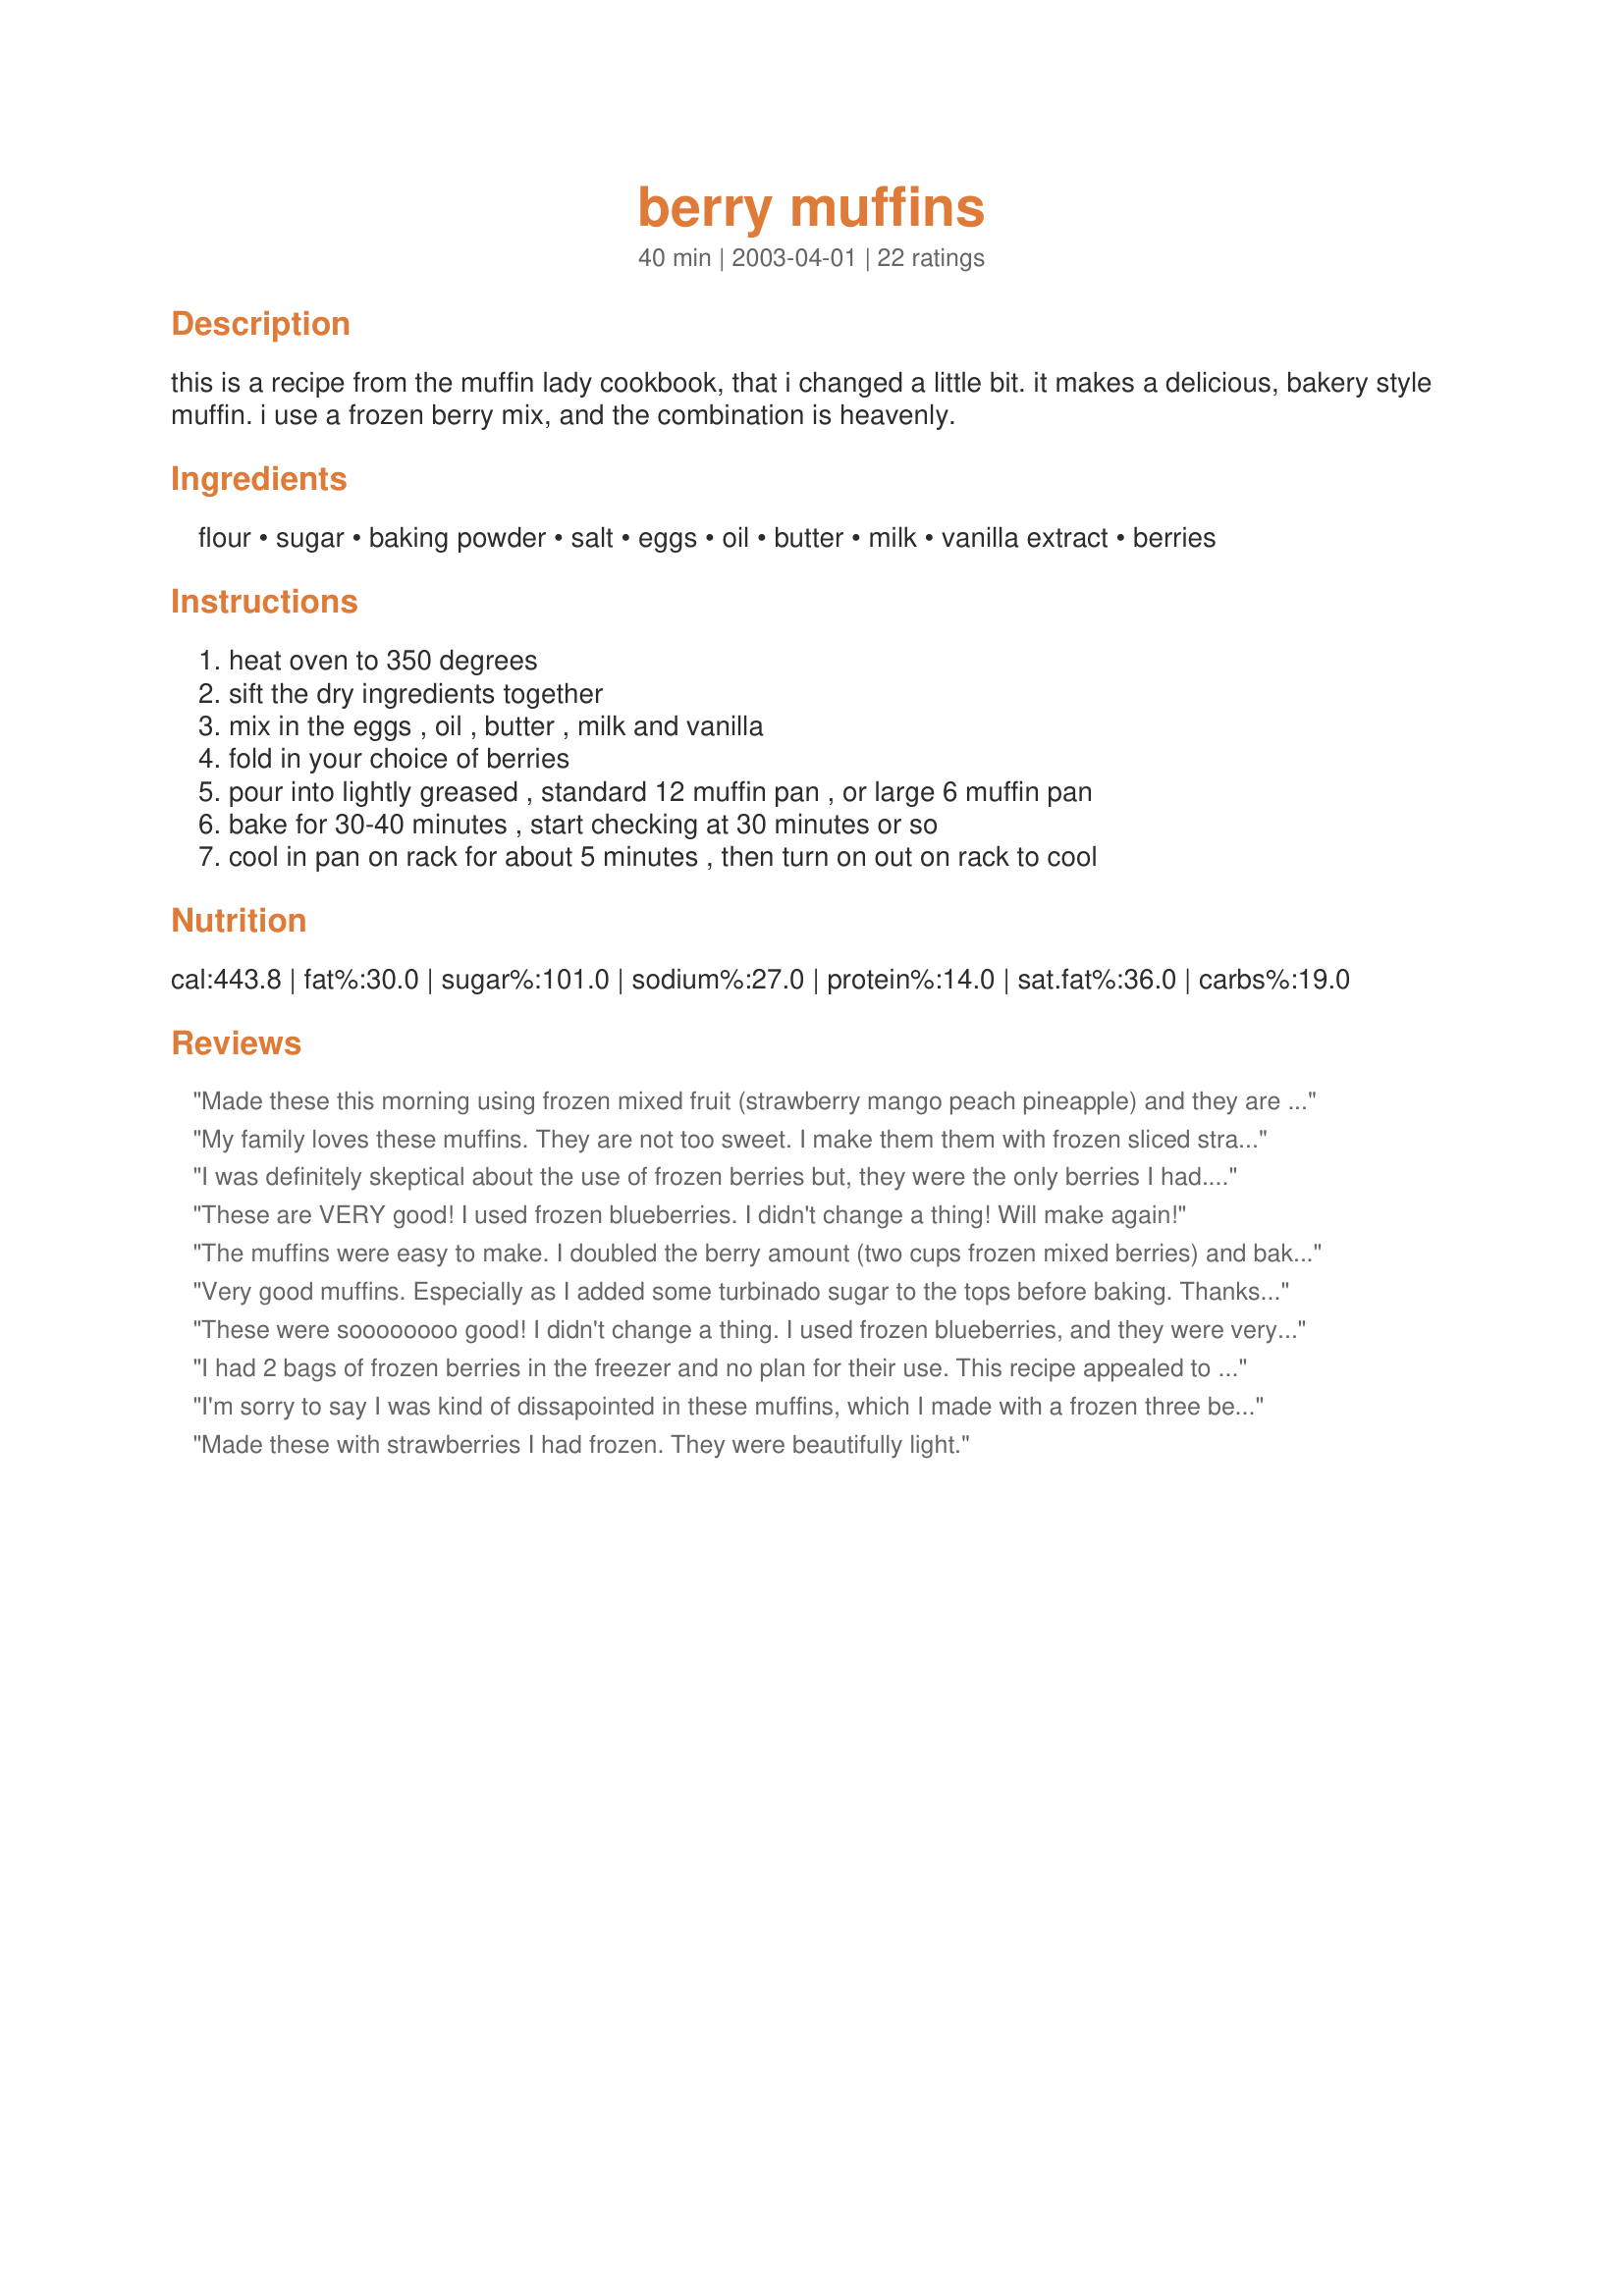
berry muffins
Preparation time: 40 minutes

this is a recipe from the muffin lady cookbook, that i changed a little bit. it makes a delicious, bakery style muffin. i use a frozen berry mix, and the combination is heavenly.

Ingredients:
flour, sugar, baking powder, salt, eggs, oil, butter, milk, vanilla extract, berries

Steps:
heat oven to 350 degrees, sift the dry ingredients together, mix in the eggs , oil , butter , milk and vanilla, fold in your choice of berries, pour into lightly greased , standard 12 muffin pan , or large 6 muffin pan, bake for 30-40 minutes , start checking at 30 minutes or so, cool in pan on rack for about 5 minutes , then turn on out on rack to cool

Reviews:
Made these this morning using frozen mixed fruit (strawberry mango peach pineapple) and they are delicious. I added an extra 1/4 cup sugar (splenda) and they turned out great. My boyfriend was Guinea pig and liked them as well.
My family loves these muffins. They are not too sweet. I make them them with frozen sliced strawberries or frozen blueberries.
I was definitely skeptical about the use of frozen berries but, they were the only berries I had. I thought these muffins were going to be a gross consistency because of it but, they were some of the best muffins I have EVER made. Just enough sweetness, the berries tasted super fresh and light, and the consistency of the muffin itself was spot on. I used a frozen mixed berry assortment and chopped the giant chunks of strawberries before adding to the batter.
These are VERY good! I used frozen blueberries. I didn't change a thing! Will make again!
The muffins were easy to make. I doubled the berry amount (two cups frozen mixed berries) and baked them a little longer. They turned out great and my kids liked them. I liked them because they are not too sweet.
Very good muffins. Especially as I added some turbinado sugar to the tops before baking. Thanks for the ice cream scoop suggestion.
These were soooooooo good! I didn't change a thing. I used frozen blueberries, and they were very tasty. Thanks for a great muffin recipe!!!
I had 2 bags of frozen berries in the freezer and no plan for their use. This recipe appealed to me (not too much sugar, but with some butter as well as oil for moisture and flavor) - but I had no muffin tins. What to do? I made the recipe exactly as posted (I forgot. I did add a teaspoon or so each of cinnamon and nutmeg to the dry ingredients), chopping up the big strawberries in a food processor for 3 or 4 seconds, and poured the batter into a greased and floured 8-inch by 8-inch Pyrex baking pan. I baked it in a slightly hotter oven (maybe 360 degrees) on a middle shelf and left it in a little longer (about 50 minutes). It had a nice crust on the top and was perfectly baked inside. They are really just right. Next time I'll dig out the muffin tin and papers, but want to let everyone know that the batter bakes nicely too in a glass baking pan. This is my first of your recipes and I'm a believer!
I'm sorry to say I was kind of dissapointed in these muffins, which I made with a frozen three berry mix. They were bland & a bit heavy. Perhaps I did something wrong, but they just didn't live up to the other reviews. I think if I made them again, I would double the fruit.
Made these with strawberries I had frozen. They were beautifully light.
Did everything exactly as written in the recipe and the muffins were flat and very bitter. Waste of perfectly good berries. :-(
These were so good! Taking the advice of other reviewers, I increased the sugar, using &frac12; cup sugar and &frac34; cup light brown sugar. Since my frozen mixed berries (strawberries, blueberries, raspberries, and blackberries) were so large, I tossed them in the blender on the ice crush setting. The result: perfectly sweetened berry muffins in a beautiful purple shade!
I followed the directions exactly but did not like them. They were a little bitter. I’m assuming I might like it with another 1/4 to 1/2 cup sugar and maybe some cinnamon. However they were moist and a good consistency.
The muffins themselves where delicious! Not too sweet, not too bleh. I used frozen mixed berries that I microwaved a little. Though, I did the recipe for 6 muffins and ended up with 16. It was a good surprise!
Very yummy! Next time I will use muffin pan liners though, as the muffins were so moist, they were difficult to remove from the pan. Delicious :)
We like our muffins on the less sweet side and with a bit of earthy texture. I made a few changes to this recipe, and my husband declared this the best muffin he has had in a long time. Here is what I did: I used all white whole wheat flour plus about 1/4 cup of ground flax seed meal, decreased the sugar in the muffin by about 1 tablespoon, decreased the butter by half, added a tablespoon of vinegar and a spoonful of plain yogurt to the milk to make sour milk (which helped keep the muffin light) increased the berries by 50%, and sprinkled raw sugar on top. I let them sit on the counter in the pan for a few minutes before putting them into the oven. the batter filled a standard muffin pan, plus a tiny loaf pan. They had a cornmeal-like texture, but were light and full of fruit with just the right amount of sweetness and a crisp edge. Sooo good!!
These were a hit in my house. I used a frozen berry mix, which I found to be a bit bitter. The men loved them just they way they are but I'm a bit of a sweet tooth and might sprinkle a little sugar over them the next time. thanks.
As others have noted, the muffins from this recipe are not very sweet. That&#039;s fine for me, but knowing who I was making them for, I increased the sugar by about 70% and, with the added fruit, the sweetness ended up just about right. I also doubled the fruit, which might have been a little too much, as it turned out almost more like a tart than a muffin (but still yummy). I&#039;d suggest a 50% increase in fruit. &lt;br/&gt;&lt;br/&gt;One of my pet peeves in recipes is when the &quot;preparation time&quot; is unrealistically low. That was the case here. Five minutes?? Having none of the ingredients measured out in advance, it took me 20 minutes between when I started and when the muffins were in the oven. (Okay, I did answer the doorbell, so maybe I could have done it 17 or 18 minutes, but there&#039;s no way the prep could take only 5 minutes starting from scratch.)
This recipe was delicious! It is definitely a 5*! I used 1 cup all-purpose flour and 1 cup whole wheat pastry flour and Splenda instead of sugar. I did use the mixed, frozen berries, cutting up the big strawberries, and it was just great for breakfast this morning. The best recommendation is that my husband loved them! Thanks, Carole in Orlando
These are delightful muffins, leeannr! I used a combination of frozen blueberries and raspberries which proved to be an exceptional combination. I added an extra 1/4 cup of sugar to the mixture for a little added sweetness and used a jumbo muffin tin to make 6 beautiful muffins. Thank you for these Berry, Berry Good Muffins, leeannr!
These are the best muffins I've had in awhile. They're light &amp; fluffy &amp; the healthy berries are a bonus. I used a frozen berry mix which I microwaved for 30 seconds prior to folding into the batter. I only used 1/4 cup sugar as I'm not a fan of sweet muffins. Wonderful recipe. Will be making another batch soon.
Followed the recipe exactly, using a frozen blend of blueberry, raspberry and strawberry. Delicious, will make again!
